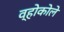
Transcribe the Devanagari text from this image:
व्होकोले